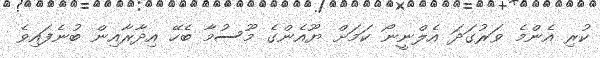
ކުރި އެންމެ ވަރުގަދަ އެލްނީނޯ ކަމަށް ޔޫއެންގެ މޫސުމާ ބެހޭ އިދާރާއިން ބުނެފައިވެ